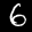
Label: 6